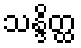
သန္ဒိတ္ထ